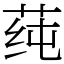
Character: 莼